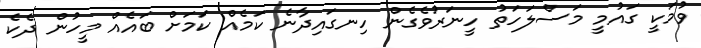
ވުމަކީ ގައުމީ މަސްލަހަތު ހީނަރުވެގެން ހިނގައިދާނެ ކަމެއް ކަމަށް ބައެއް މީހުން ދެކެ